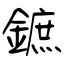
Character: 鏣